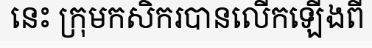
នេះ ក្រុមកសិករបានលើកឡើងពី